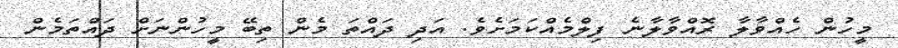
މީހުން ހެއްވާލާ ރޮއްވާލާނެ ފިލްމެއްކަމަށެވެ. އަދި ދައްތަ މެން ތިބޭ މީހުންނަށް ދައްތަމެން